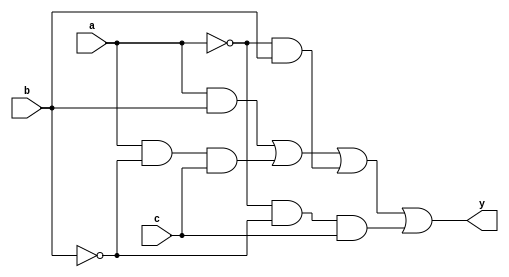
module combinational_logic (
    input wire a,    // Input variable a
    input wire b,    // Input variable b
    input wire c,    // Input variable c
    output wire y    // Output variable y
);

// Intermediate signals for output logic
wire term1, term2, term3, term4;

// Implementing the logic using AND, OR gates
// Simplified expression considering don't care conditions
assign term1 = a & b;         // for a=1, b=1, regardless of c (don't care)
assign term2 = a & ~b & c;    // for a=1, b=0, c=1
assign term3 = ~a & b;         // for a=0, b=1
assign term4 = ~a & ~b & c;    // for a=0, b=0, c=1 (don't care when c=0)

assign y = term1 | term2 | term3 | term4; // Final output logic

endmodule